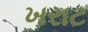
ખરાટ